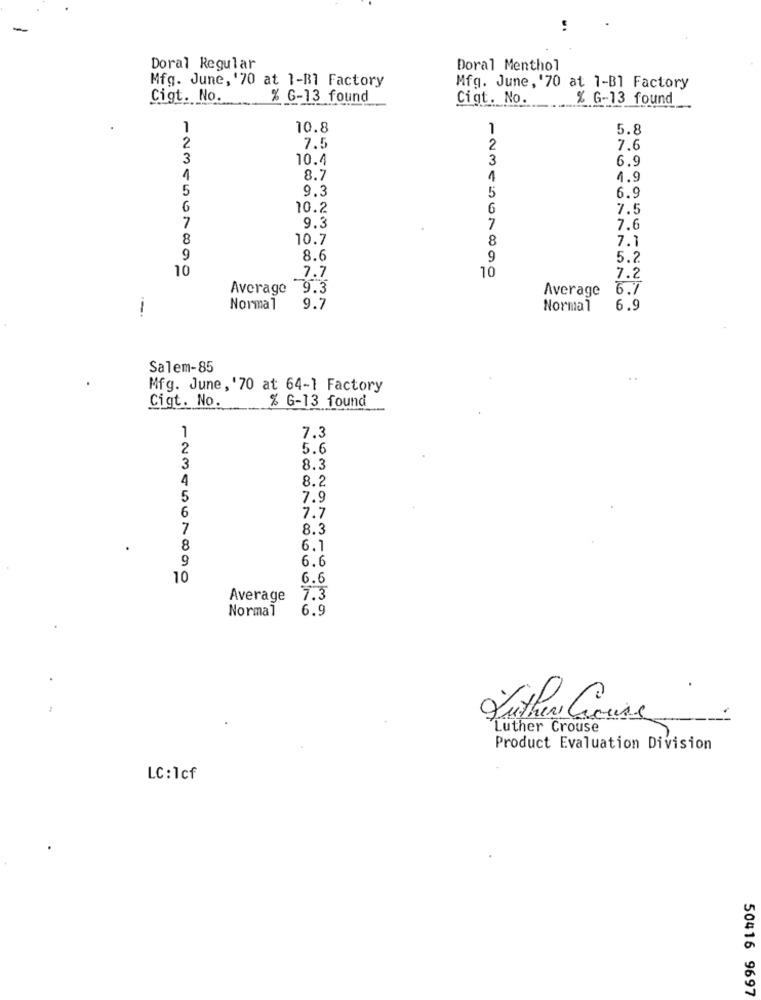
-
Doral Regular
Doral Menthol
Mfg. June, '70 at 1-B1 Factory
Mfg. June, '70 at 1-B1 Factory
Cigt. No.
% G-13 found
Cigt. No.
% G-13 found
1
10.8
1
5.8
2
7.5
2
7.6
3
10.4
3
6.9
8.7
1
4.9
5
9.3
5
6.9
10.2
6
7.5
7
9.3
7
7.6
8
10.7
8
7.1
9
8.6
9
5.2
10
7.7
10
7.2
Average 9.3
Average
6.7
Normal
9.7
Normal
6.9
Salem-85
Mfg. June, '70 at 64-1 Factory
Cigt. No.
% G-13 found
1
7.3
2
5.6
3
8.3
4
8.2
5
7.9
6
7.7
7
8.3
8
6.
9
6.6
10
6.6
Average
7.3
Normal
6.9
Lithe Course.
Luther Crouse
Product Evaluation Division
LC: 1cf
50416 9697